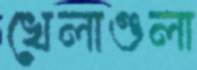
খেলাগুলা